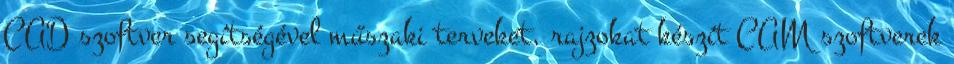
CAD szoftver segítségével műszaki terveket, rajzokat készít CAM szoftverek